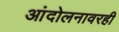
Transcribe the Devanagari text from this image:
आंदोलनावरही